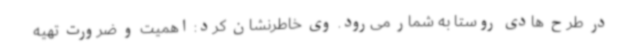
در طرح هادی روستا به شمار می‌رود. وی خاطرنشان کرد: اهمیت و ضرورت تهیه